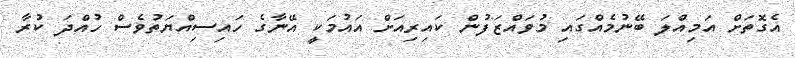
އެގޮތަށް އަމިއްލަ ބޭނުމެއްގައި މުވައްޒަފުން ކައިރިއަށް އައުމަކީ އޭނާގެ ހައިސިއްޔަތުވެސް ހުއްދަ ކުރާ